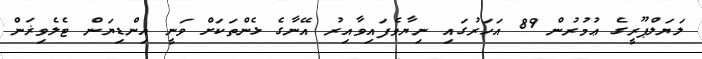
ލަޔަލްޕޫރީގެ ޢުމުރުން 89 އަހަރުގައި ނިޔާވެފައިވާއިރު އޭނާގެ ޅެންތަކަށް ވަނީ އިންޑިޔަން ޓެލެވިޜަން